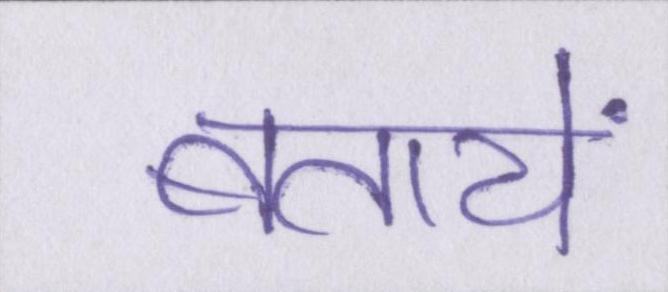
बतायें